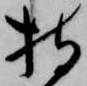
持